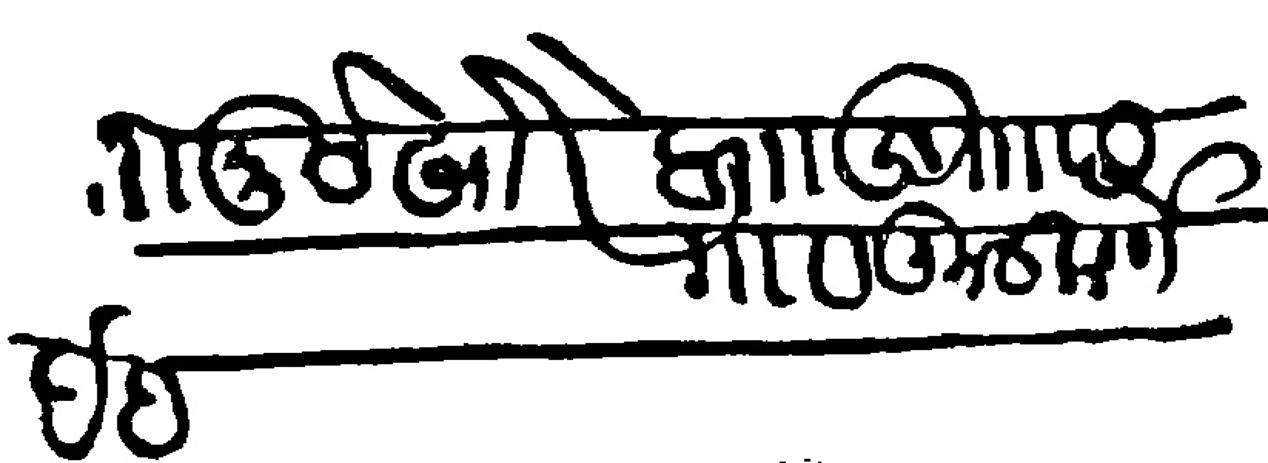
Transliteration (Devanagari): ताा मुसेखोरे वाा खुा छ गांव कुलकर्णे देह